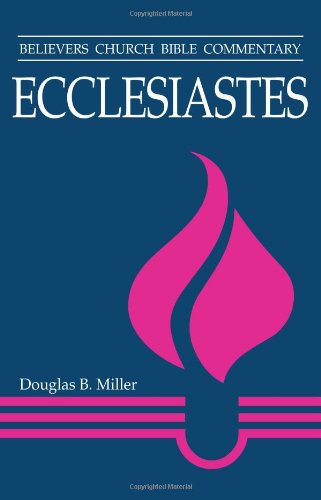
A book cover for Ecclesiastes (Believers Church Bible Commentary); Douglas Miller; Christian Books & Bibles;